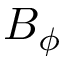
B _ { \phi }